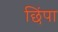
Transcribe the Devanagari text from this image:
छिंपा